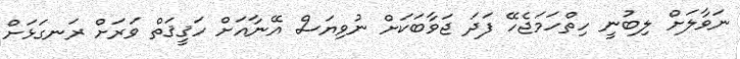
ނަވާލަށް ލިބުނީ ހިތްހަމަޖެހޭ ފަދަ ޖަވާބަކަށް ނުވިޔަސް އޭނާއަށް ހަޤީޤަތް ވަރަށް ރަނގަޅަށް